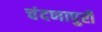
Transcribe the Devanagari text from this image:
चंदणापुरी